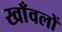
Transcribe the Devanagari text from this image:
खाँवलों